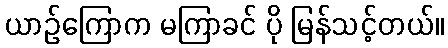
ယာဉ်ကြောက မကြာခင် ပို မြန်သင့်တယ်။